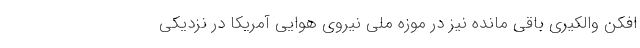
افکن والکیری باقی مانده نیز در موزه ملی نیروی هوایی آمریکا در نزدیکی